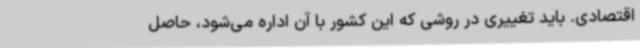
اقتصادی. باید تغییری در روشی که این کشور با آن اداره می‌شود، حاصل